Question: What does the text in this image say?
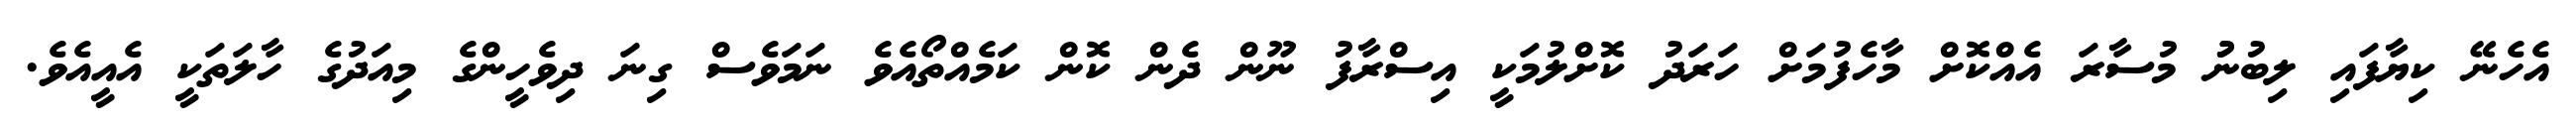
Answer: އެހެނޭ ކިޔާފައި ލިބުނުު މުސާރަ އެއްކޮށް މާހެފުމަށް ހަރަދު ކޮށްލުމަކީ އިސްރާފު ނޫން ދެން ކޮން ކަމެއްތޯއެވެ ނަމަވެސް ގިނަ ދިވެހީންގެ މިއަދުގެ ހާލަތަކީ އެއީއެވެ.